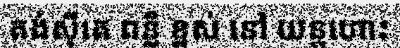
តង់ស៊ីតេ ពន្លឺ ខ្ពស់ នៅ យន្តហោះ